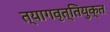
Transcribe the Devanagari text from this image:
त्यागवृत्तियुक्त